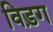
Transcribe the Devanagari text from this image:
विड़ग